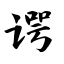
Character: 谔